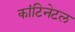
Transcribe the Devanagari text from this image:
कांटिनेटल